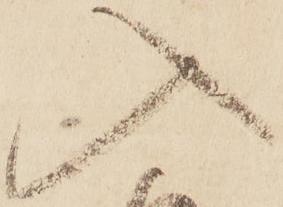
入